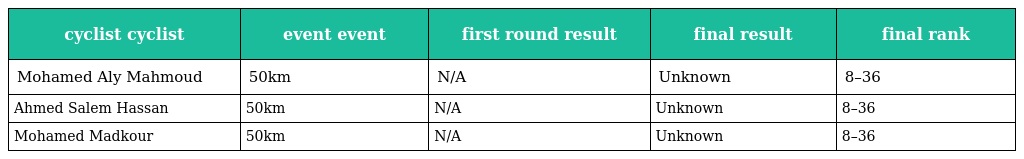
| cyclist cyclist | event event | first round result | final result | final rank |
 | --- | --- | --- | --- | --- |
 | Mohamed Aly Mahmoud | 50km | N/A | Unknown | 8–36 |
 | Ahmed Salem Hassan | 50km | N/A | Unknown | 8–36 |
 | Mohamed Madkour | 50km | N/A | Unknown | 8–36 |